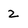
Character: z